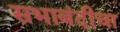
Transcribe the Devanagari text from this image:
सभाबंदीचा